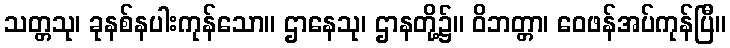
သတ္တသု၊ ခုနစ်နပါးကုန်သော။ ဌာနေသု၊ ဌာနတို့၌။ ဝိဘတ္တာ၊ ဝေဖန်အပ်ကုန်ပြီ။